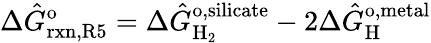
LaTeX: \Delta\hat{G}_{\mathrm{rxn,R5}}^{\mathrm{o}}=\Delta\hat{G}_{\mathrm{H_{2}}}^{\mathrm{o,silicate}}-2\Delta\hat{G}_{\mathrm{H}}^{\mathrm{o,metal}}